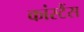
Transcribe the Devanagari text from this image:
कांस्टैंस